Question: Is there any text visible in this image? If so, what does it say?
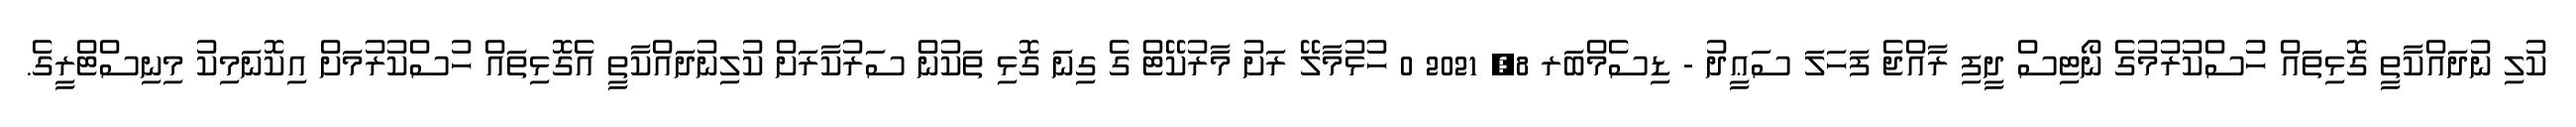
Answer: ކުލި ނުދައްކާތީ ގޮޅިތައް ހުސްކުރުމުގެ ނޯޓިސް ދީފި ރާއްޖެ ފަހަލަ ސަޢީދު - ޑިސެމްބަރ 8, 2021 0 ހުޅުމާލޭ ރަށު މާރުކޭޓް ގެ ގިނަ ގޮޅި ތަކުން ސަރުކާރަށް ކުލިނުދައްކާތީ އެގޮޅިތައް ހުސްކުރުމަށް އިކޮނަމިކު މިނިސްޓްރީގެ.